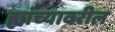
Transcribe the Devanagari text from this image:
ह्यांच्यावरील